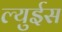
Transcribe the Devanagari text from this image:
ल्युईस